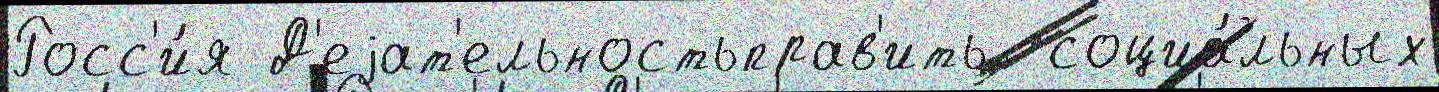
Росс'и́я Д'еjат'ельностьправ'ить  социа́льных